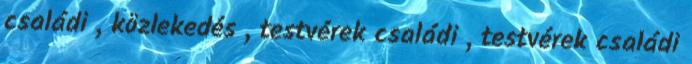
családi , közlekedés , testvérek családi , testvérek családi